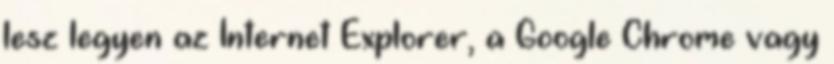
lesz legyen az Internet Explorer, a Google Chrome vagy